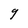
Character: g